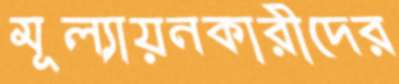
মূল্যায়নকারীদের